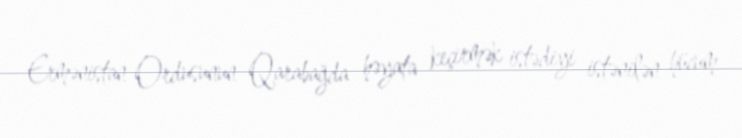
Ermənistan Ordusunun Qarabağda həyata keçirmək istədiyi istənilən hücum